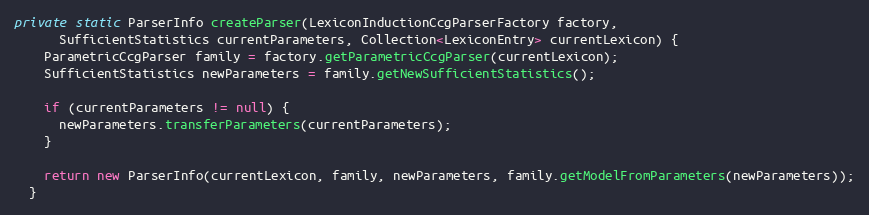
Language: Java
private static ParserInfo createParser(LexiconInductionCcgParserFactory factory,
      SufficientStatistics currentParameters, Collection<LexiconEntry> currentLexicon) {
    ParametricCcgParser family = factory.getParametricCcgParser(currentLexicon);
    SufficientStatistics newParameters = family.getNewSufficientStatistics();

    if (currentParameters != null) {
      newParameters.transferParameters(currentParameters);
    }

    return new ParserInfo(currentLexicon, family, newParameters, family.getModelFromParameters(newParameters));
  }